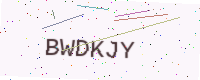
Text: BWDKJY